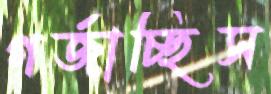
গর্জাচ্ছিস